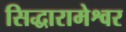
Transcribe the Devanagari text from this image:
सिद्धारामेश्वर